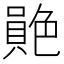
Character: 𦫮